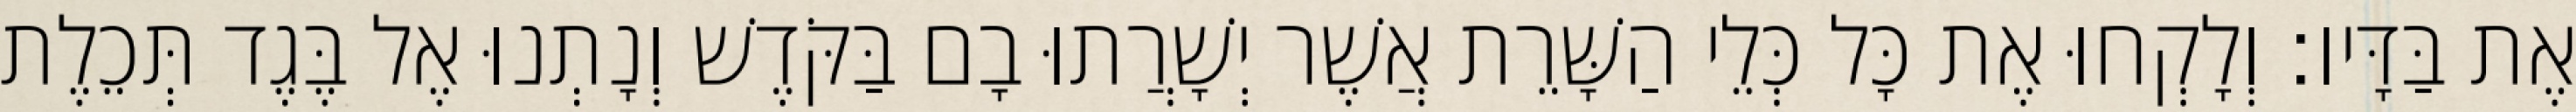
אֶת בַּדָּיו׃ וְלָקְחוּ אֶת כָּל כְּלֵי הַשָּׁרֵת אֲשֶׁר יְשָׁרֲתוּ בָם בַּקֹּדֶשׁ וְנָתְנוּ אֶל בֶּגֶד תְּכֵלֶת